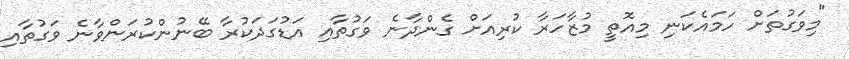
"މިވަގުތަށް ހަމައެކަނި މިއޮތީ މުޒާހަރާ ކުރިއަށް ގެންދާނެ ވަގުތާއި އަޑުގަދަކުރާ ބޭނުންކުރަންވާނެ ވަގުތާއި